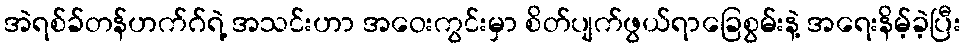
အဲရစ်ခ်တန်ဟက်ဂ်ရဲ့ အသင်းဟာ အဝေးကွင်းမှာ စိတ်ပျက်ဖွယ်ရာခြေစွမ်းနဲ့ အရေးနိမ့်ခဲ့ပြီး